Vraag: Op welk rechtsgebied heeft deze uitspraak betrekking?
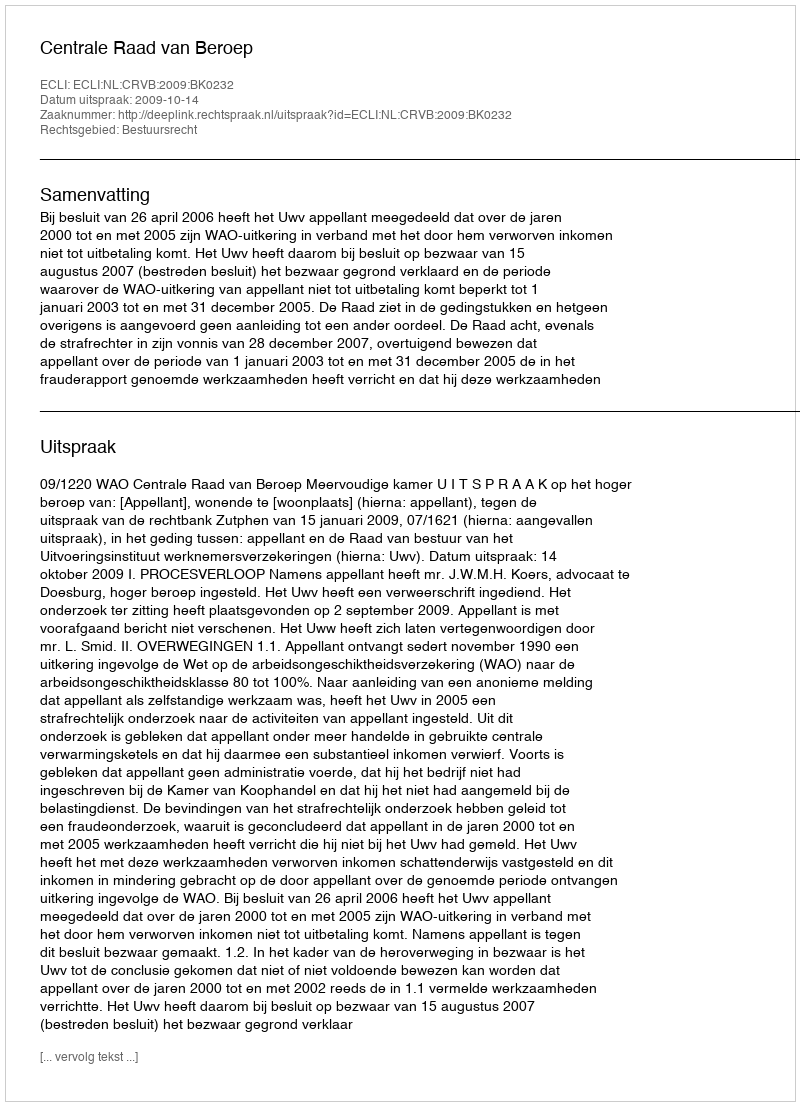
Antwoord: Bestuursrecht